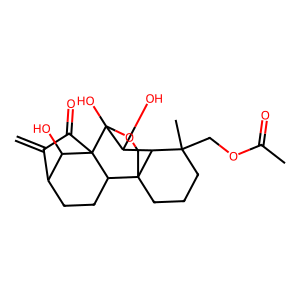
SMILES: C=C1C(=O)C23C(O)C1CCC2C12CCCC(C)(COC(C)=O)C1C(O)C3(O)OC2
Inhibits HIV replication: No